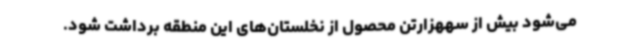
می‌شود بیش از سههزارتن محصول از نخلستان‌های این منطقه برداشت شود.